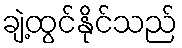
ချဲ့ထွင်နိုင်သည်